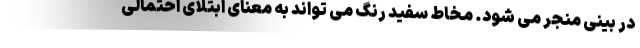
در بینی منجر می شود. مخاط سفید رنگ می تواند به معنای ابتلای احتمالی